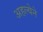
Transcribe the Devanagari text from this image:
अहल्येने